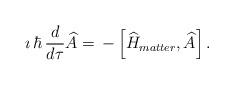
LaTeX: \begin{align*} \imath\,\hbar \,\frac{d }{d\tau}\widehat{A}=\,-\left[\widehat{H}_{matter},\widehat{A}\right]. \end{align*}